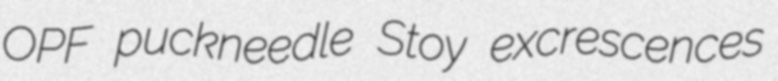
OPF puckneedle Stoy excrescences